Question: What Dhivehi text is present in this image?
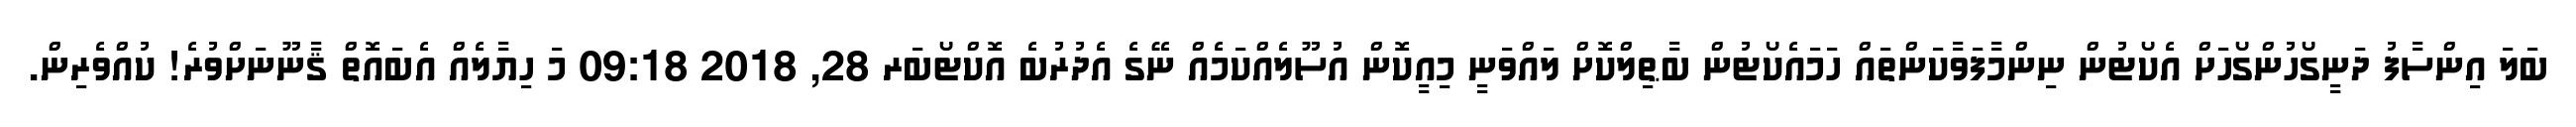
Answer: ބަލަ އިންސާފު ދަނީގޯހުންގޯހަށް އެކޯޓުން ނިންމާފަވާކަންތައް ހަމައެކޯޓުން ބާޠިލްކޮށް ލައްވަނީ މިއީކޮން އުސޫލެއްކަމެއް ނޭގެ އެދުރުބެ އޮކްޓޯބަރ 28, 2018 09:18 މަ ހިޔާލެއް އެބައޮތް ޤާނޫނަށްވުރެ! ކުއްވެރިން.